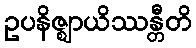
ဥပနိဇ္ဈာယိဿန္တီတိ